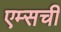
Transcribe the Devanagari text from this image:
एम्सची